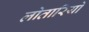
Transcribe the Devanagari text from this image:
लोतारियो